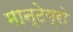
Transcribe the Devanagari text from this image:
मान्टेग्रो